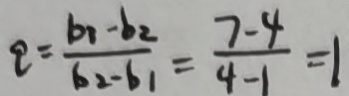
q = \frac { b _ { 1 } - b _ { 2 } } { b _ { 2 } - b _ { 1 } } = \frac { 7 - 4 } { 4 - 1 } = 1